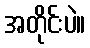
အတိုင်းပဲ။